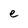
Character: e